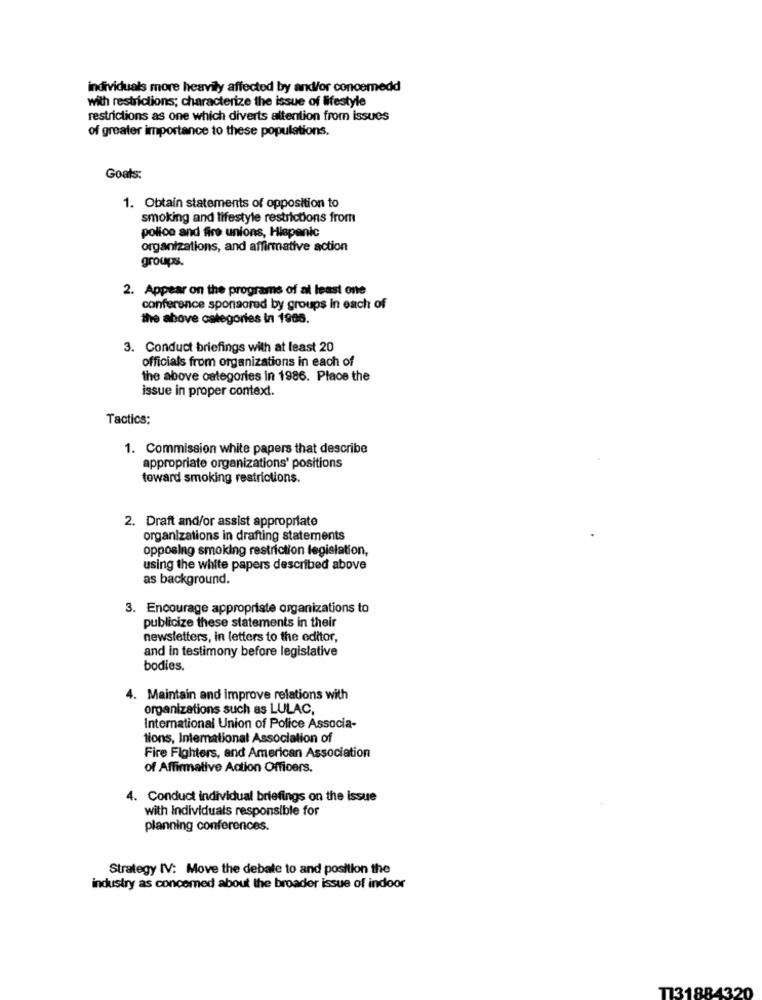
individuals more heavily affected by and/or concemedd
with restrictions; characterize the issue of lifestyle
restrictions as one which diverts attention from issues
of greater importance to these populations.
Goals:
1. Obtain statements of opposition to
smoking and lifestyle restrictions from
police and fire unions, Hispanic
organizations, and affirmative action
groupes
2. Appear on the programs of at least one
conference sponsored by groups in each of
the above categories in 1905.
3. Conduct briefings with at least 20
officials from organizations in each of
the above categories in 1986. Place the
issue in proper context.
Tactics:
1. Commission white papers that describe
appropriate organizations' positions
toward smoking restrictions.
2. Draft and/or assist appropriate
organizations in drafting statements
opposing smoking restriction legislation,
using the white papers described above
as background.
3. Encourage appropriate organizations to
publicize these statements in their
newsletters, in letters to the editor,
and in testimony before legislative
bodies.
4. Maintain and improve relations with
organizations such as LULAC,
International Union of Police Associa-
tions, International Association of
Fire Fighters, and American Association
of Affirmative Action Officers.
4. Conduct individual briefings on the issue
with Individuals responsible for
planning conferences.
Strategy IV: Move the debate to and posilion the
industry as concomed about the broader issue of indoor
T131884320